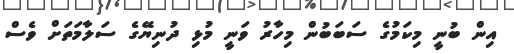
އިން ބުނީ މިކަމުގެ ސަބަބުން މިހާރު ވަނީ މުޅި ދުނިޔޭގެ ސަލާމަތަށް ވެސް